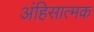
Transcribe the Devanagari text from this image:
अंहिसात्मक